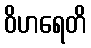
ဝိဟရေတိ